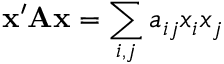
\mathbf { x } ^ { \prime } \mathbf { A } \mathbf { x } = \sum _ { i , j } a _ { i j } x _ { i } x _ { j }